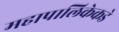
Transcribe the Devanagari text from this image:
महापालिकेकडे